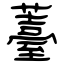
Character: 薹